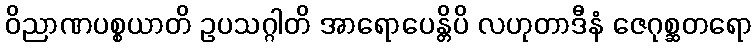
ဝိညာဏပစ္စယာတိ ဥပသဂ္ဂါတိ အာရောပေန္တိပိ လဟုတာဒီနံ ဇေဂုစ္ဆတရော